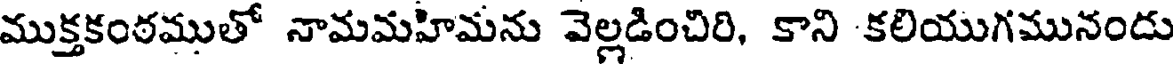
ముక్తకంఠముతో నామమహిమను వెల్లడించిరి, కాని కలియుగమునందు